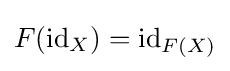
F(\mathrm {id} _{X})=\mathrm {id} _{F(X)}\,\!